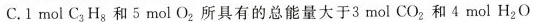
C.1mol C_{3}H_{8}和5mol O_{2}。所具有的总能量大于3mol CO_{2}和4mol H_{2}O